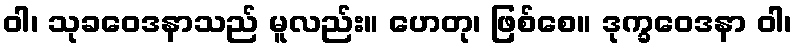
ဝါ၊ သုခဝေဒနာသည် မူလည်း။ ဟေတု၊ ဖြစ်စေ။ ဒုက္ခဝေဒနာ ဝါ၊